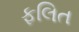
ફલિત